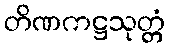
တိဏကဋ္ဌသုတ္တံ